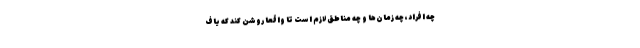
چه افراد، چه زمان‌ها و چه مناطق لازم است تا واقعا روشن کند که یاف